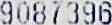
9087396